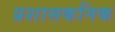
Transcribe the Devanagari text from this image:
प्रशासकनिक